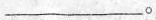
___。